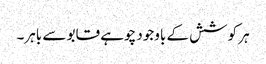
ہر کوشش کے باوجود چوہے قابو سے باہر۔